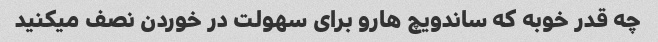
چه قدر خوبه که ساندویچ هارو برای سهولت در خوردن نصف میکنید